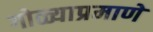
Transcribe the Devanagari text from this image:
गोळ्याप्रमाणे